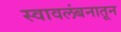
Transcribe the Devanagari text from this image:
स्वावलंबनातून